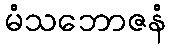
မံသဘောဇနံ